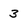
Character: 3